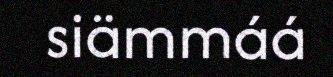
siämmáá